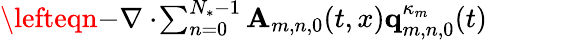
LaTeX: \begin{array}{rl}{\lefteqn{-\nabla\cdot\! \sum_{n=0}^{N_{*}-1}\mathbf{A}_{m,n,0}(t,x)\mathbf{q}_{m,n,0}^{\kappa_{m}}(t)}\qquad}&{{}}\end{array}